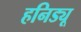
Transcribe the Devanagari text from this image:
हनिड्यू